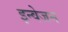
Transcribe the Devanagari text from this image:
इन्वेजन